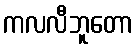
ကလလီဘူတော